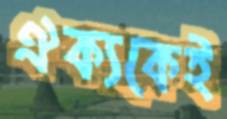
ঐক্যকেই